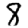
Digit: 8